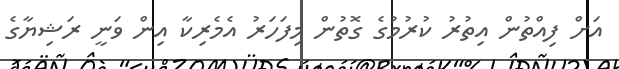
އަށް ފިއްތުން އިތުރު ކުރުމުގެ ގޮތުން މިފަހަރު އެމެރިކާ އިން ވަނީ ރަޝިޔާގެ